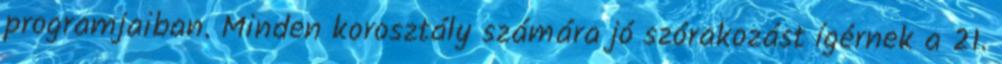
programjaiban. Minden korosztály számára jó szórakozást ígérnek a 21.